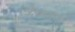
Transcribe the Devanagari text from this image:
विश्‍वव्‍यापी